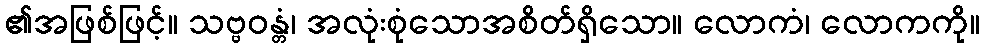
၏အဖြစ်ဖြင့်။ သဗ္ဗဝန္တံ၊ အလုံးစုံသောအစိတ်ရှိသော။ လောကံ၊ လောကကို။